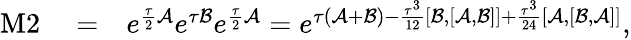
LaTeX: \begin{array}{rlr}{\mathrm{M}2}&{{}=}&{e^{\frac{\tau}{2}\mathcal{A}}e^{\tau\mathcal{B}}e^{\frac{\tau}{2}\mathcal{A}}=e^{\tau(\mathcal{A}+\mathcal{B})-\frac{\tau^{3}}{12}[\mathcal{B},[\mathcal{A},\mathcal{B}]]+\frac{\tau^{3}}{24}[\mathcal{A},[\mathcal{B},\mathcal{A}]]},}\end{array}